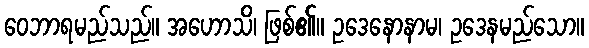
ဝေဘာရမည်သည်။ အဟောသိ၊ ဖြစ်၏။ ဥဒေနောနာမ၊ ဥဒေနမည်သော။